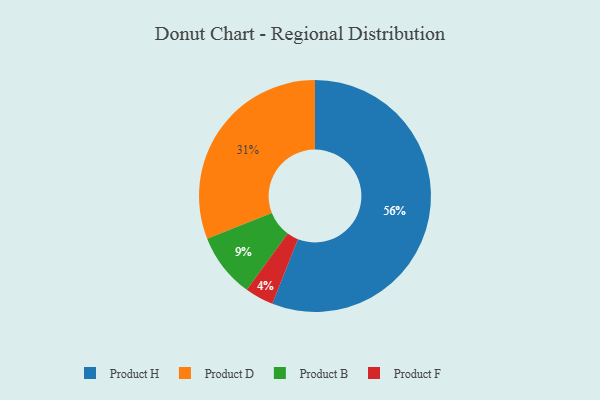
{"axis": {"x": "Category", "y": "Percentage"}, "legend": ["Product B", "Product D", "Product F", "Product H"], "data": [{"x": "Product F", "y": 4, "type": "Product F"}, {"x": "Product H", "y": 56, "type": "Product H"}, {"x": "Product D", "y": 31, "type": "Product D"}, {"x": "Product B", "y": 9, "type": "Product B"}]}